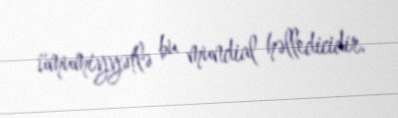
ümumiyyətlə bu mundial həlledicidir.